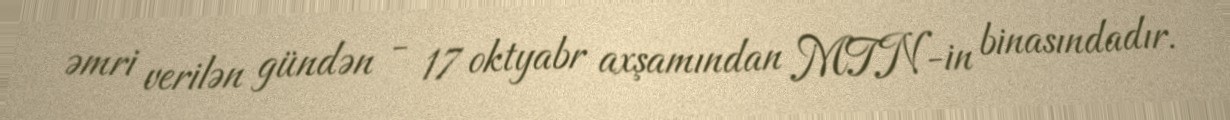
əmri verilən gündən - 17 oktyabr axşamından MTN-in binasındadır.